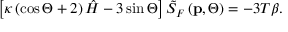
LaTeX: \left[ \kappa \left( \cos \Theta + 2 \right) \hat { H } - 3 \sin \Theta \right] \tilde { S } _ { F } \left( \mathbf { p } , \Theta \right) = - 3 T \beta .